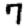
Digit: 7